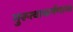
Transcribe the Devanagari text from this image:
गुरूत्वाकर्षणाचा